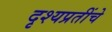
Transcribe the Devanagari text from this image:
दृश्यप्रतींचे